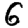
Digit: 6